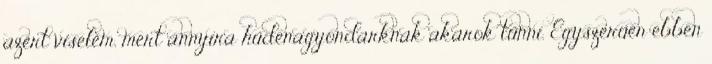
azért viselem, mert annyira hűdenagyondarknak akarok tűnni. Egyszerűen ebben